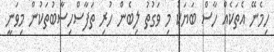
ހިމެނޭ އެތަކެއް ހާސް ބަޔަކު މި ވަގުތު ލިބެން ހުރި ތަފާސްހިސާބުތަކުން މިވަނީ